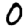
Digit: 0